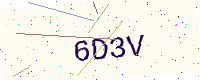
Text: 6D3V